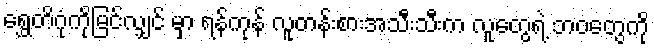
ရွှေတိဂုံကိုမြင်လျှင် မှာ ရန်ကုန် လူတန်းစားအသီးသီးက လူတွေရဲ့ ဘဝတွေကို